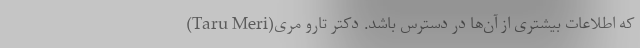
که اطلاعات بیشتری از آن‌ها در دسترس باشد. دکتر تارو مری(Taru Meri)